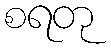
စရတု